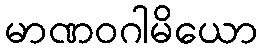
မာဏဝဂါမိယော